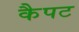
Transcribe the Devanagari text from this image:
कैपट